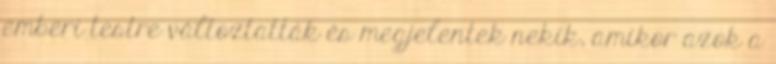
emberi testre változtatták és megjelentek nekik, amikor azok a